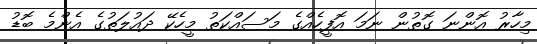
މިހާރު އޮންނަ ގޮތުން ނަމަ އޮފީހެއްގެ މަސައްކަތު މީހެކޭ ދައުލަތުގެ އެންމެ ބޮޑު